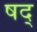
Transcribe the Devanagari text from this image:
षद्